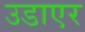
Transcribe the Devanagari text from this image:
उडाएर